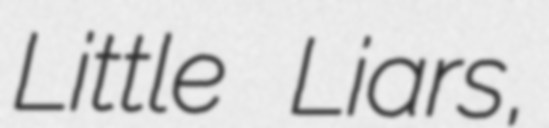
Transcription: Little Liars,